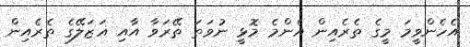
އެހެންވީމަ މީގެ ތެރެއިން އެންމެ މޮޅީ ނުވަތަ ތޭރަވާ އާއި ޣަޒަލޭގެ ތެރެއިން